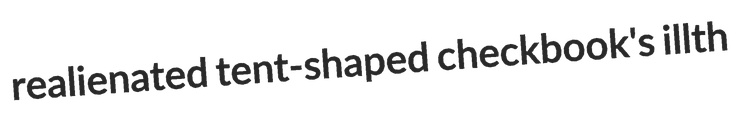
realienated tent-shaped checkbook's illth